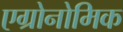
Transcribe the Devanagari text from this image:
एग्रोनोमिक